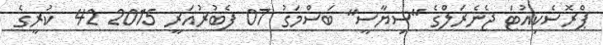
ޕްރޮސެކިއުޓަ ޖެނެރަލްގެ "ސިޔާސީ" ބަސްމަގު 07 ފެބުރުއަރީ 2015 42  ކުރީގެ